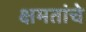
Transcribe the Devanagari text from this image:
क्षमतांचे